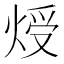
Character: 𤊐